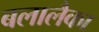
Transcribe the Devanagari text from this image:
बलालैका